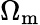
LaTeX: \Omega_{\mathrm{m}}